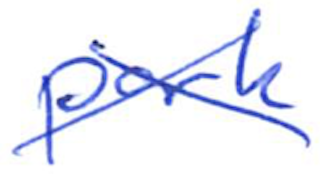
Text: park
Cross-out: cross
Writing tool: ballpoint